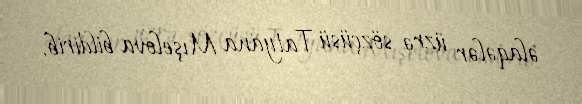
əlaqələr üzrə sözçüsü Tatyana Mışelova bildirib.